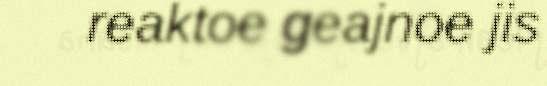
reaktoe geajnoe jis